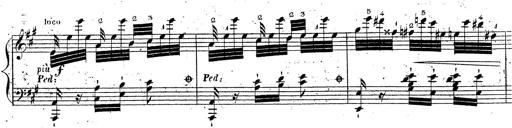
Title: Grande fantaisie sur la tyrolienne de l'opÃ©ra
Composer: Franz Liszt
Key: A major